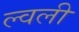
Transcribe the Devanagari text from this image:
ल्वली